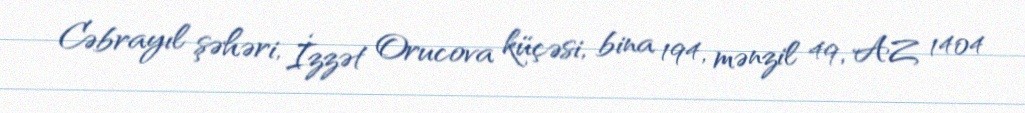
Cəbrayıl şəhəri, İzzət Orucova küçəsi, bina 194, mənzil 49, AZ 1404